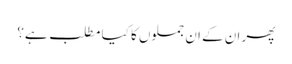
پھر ان کے ان جملوں کا کیا مطلب ہے؟